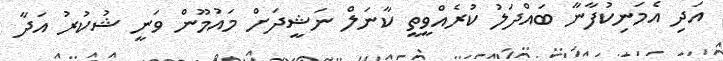
އަދި އެމަނިކުފާނާ ބައްދަލު ކުރެއްވީތީ ކާނަލް ނަޝީދަށް މައުމޫން ވަނީ ޝުކުރު އަދާ